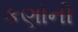
કણોની